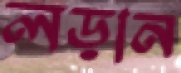
লড়ান